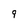
Character: 9